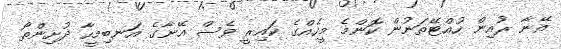
އޭނާ ރުއިން ހުއްޓޭތަނުން ކޮންމެ މީހެއްގެ ކައިރީ ވެސް އޭނާގެ އަނބިމީހާ ދުށިންތޯ